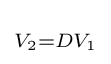
\scriptstyle V_{2}=DV_{1}